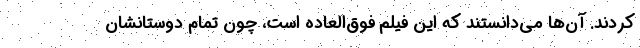
کردند. آن‌ها می‌دانستند که این فیلم فوق‌العاده است، چون تمام دوستانشان